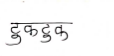
मजकूर: टुकटुक